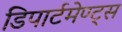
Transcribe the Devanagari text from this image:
डिपार्टमेण्ट्स